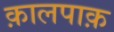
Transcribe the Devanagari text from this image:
क़ालपाक़